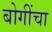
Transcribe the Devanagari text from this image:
बोगींचा